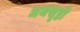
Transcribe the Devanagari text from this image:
मयसृष्टी